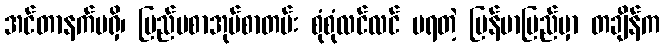
အင်တာနက်မရှိ၊ ပြည်ပစာအုပ်စာတမ်း စုံစုံလင်လင် မရတဲ့ မြန်မာပြည်မှာ တချိန်က